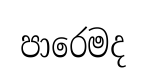
පාරෙමද